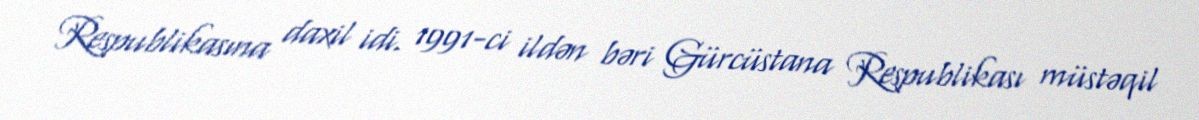
Respublikasına daxil idi. 1991-ci ildən bəri Gürcüstana Respublikası müstəqil